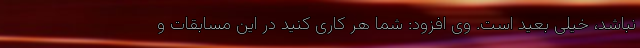
نباشد، خیلی بعید است. وی افزود: شما هر کاری کنید در این مسابقات و